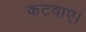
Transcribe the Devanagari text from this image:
कटवाए।